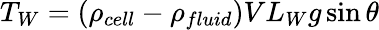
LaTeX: T_{W}=(\rho_{cell}-\rho_{fluid})VL_{W}g\sin\theta